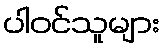
ပါဝင်သူများ